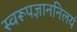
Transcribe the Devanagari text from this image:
स्वरूपज्ञाननिलयं